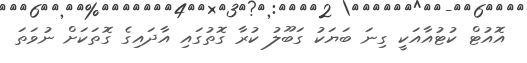
އޮއުޓް ކުޓުއާއަކީ ގިނަ ބަޔަކު ގަބޫލު ކުރާ ގޮތުގައި އާދައިގެ ގޮތަކަށް ނުވަތަ